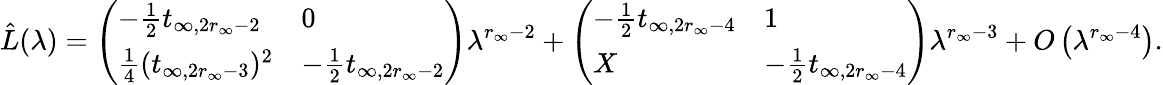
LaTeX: \hat{L}(\lambda)=\left(\begin{array}{ll}{-\frac{1}{2}t_{\infty,2r_{\infty}-2}}&{0}\\ {\frac{1}{4}(t_{\infty,2r_{\infty}-3})^{2}}&{-\frac{1}{2}t_{\infty,2r_{\infty}-2}}\end{array}\right)\lambda^{r_{\infty}-2}+\left(\begin{array}{ll}{-\frac{1}{2}t_{\infty,2r_{\infty}-4}}&{1}\\ {X}&{-\frac{1}{2}t_{\infty,2r_{\infty}-4}}\end{array}\right)\lambda^{r_{\infty}-3}+O\left(\lambda^{r_{\infty}-4}\right).